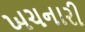
ખચનારી